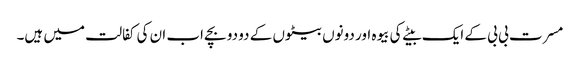
مسرت بی بی کے ایک بیٹے کی بیوہ اور دونوں بیٹوں کے دو دو بچے اب ان کی کفالت میں ہیں۔